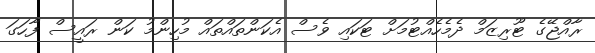
ރާއްޖޭގެ ޓޫރިޒަމް ދެމެހެއްޓުމަށް ޓަކައި ވެސް އެކަންތައްތައް މުހިންމު ކަން ރައީސް ފާހަގަ